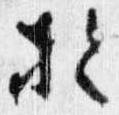
於